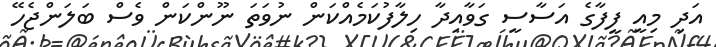
އަދި މިއީ ފީފާގެ އަސާސީ ގަވާއިދާ ހިލާފުކަމެއްކަން ނުވަތަ ނޫންކަން ވެސް ބަލަންޖެހޭ